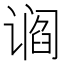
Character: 𬤛